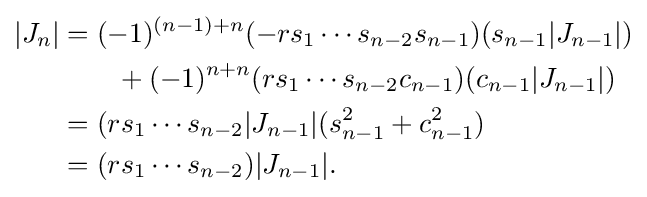
{\begin{aligned}|J_{n}|&=(-1)^{(n-1)+n}(-rs_{1}\dotsm s_{n-2}s_{n-1})(s_{n-1}|J_{n-1}|)\\&\qquad {}+(-1)^{n+n}(rs_{1}\dotsm s_{n-2}c_{n-1})(c_{n-1}|J_{n-1}|)\\&=(rs_{1}\dotsm s_{n-2}|J_{n-1}|(s_{n-1}^{2}+c_{n-1}^{2})\\&=(rs_{1}\dotsm s_{n-2})|J_{n-1}|.\end{aligned}}